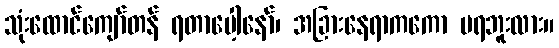
သုံးထောင်ကျော်တန် ရတာပေါ့နော်၊ အခြားနေရာကကော မရဘူးလား။